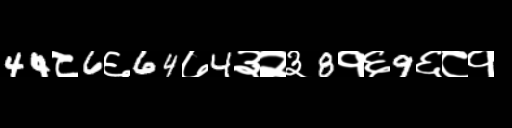
Text: 44८6६64७4३२३8१६9६८१